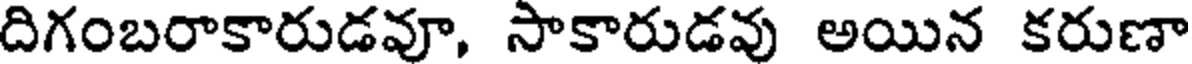
దిగంబరాకారుడవూ, సాకారుడవు అయిన కరుణా